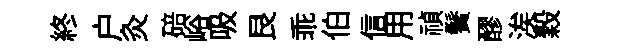
終户灸碚峪吸艮乖伯信用禎鬢醪涘穀